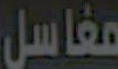
مغاسل